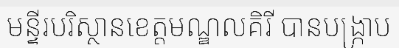
មន្ទីរបរិស្ថានខេត្តមណ្ឌលគិរី បានបង្ក្រាប